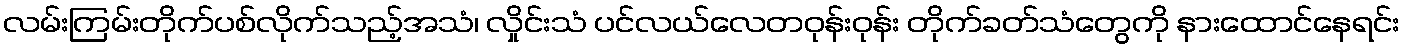
လမ်းကြမ်းတိုက်ပစ်လိုက်သည့်အသံ၊ လှိုင်းသံ ပင်လယ်လေတဝုန်းဝုန်း တိုက်ခတ်သံတွေကို နားထောင်နေရင်း